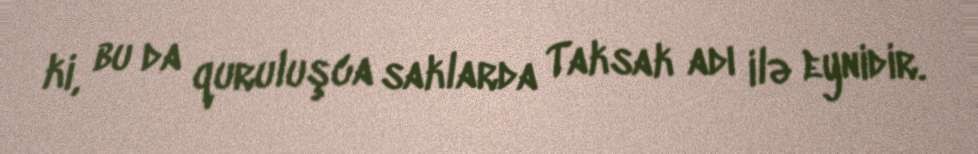
ki, bu da quruluşca saklarda Taksak adı ilə eynidir.